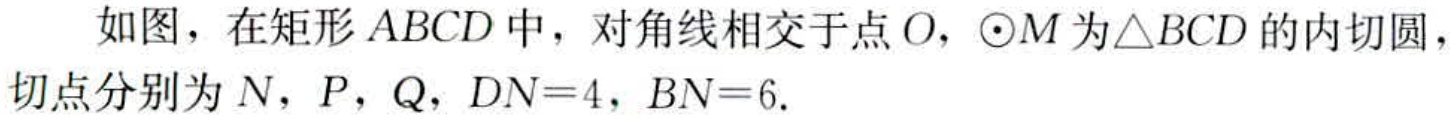
如图，在矩形\(ABCD\)中，对角线相交于点\(O\)，\(\odot M\)为\(\triangle BCD\)的内切圆，切点分别为\(N\)，\(P\)，\(Q\)，\(DN = 4\)，\(BN = 6\).